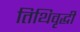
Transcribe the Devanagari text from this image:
तिथिवृद्धी